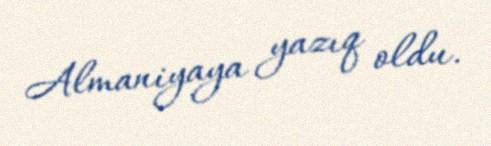
Almaniyaya yazıq oldu.